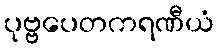
ပုဗ္ဗပေတကရဏီယံ